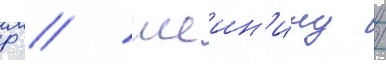
Р // Шеин'ину /